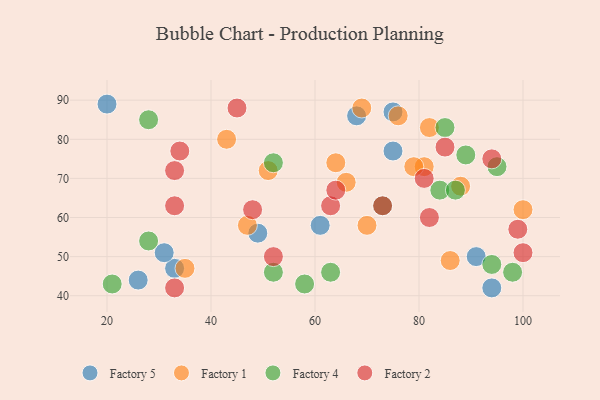
{"axis": {"x": "GDP", "y": "Life Expectancy"}, "legend": ["Factory 1", "Factory 2", "Factory 4", "Factory 5"], "data": [{"x": "26", "y": 44, "type": "Factory 5"}, {"x": "49", "y": 56, "type": "Factory 5"}, {"x": "33", "y": 47, "type": "Factory 5"}, {"x": "68", "y": 86, "type": "Factory 5"}, {"x": "94", "y": 42, "type": "Factory 5"}, {"x": "61", "y": 58, "type": "Factory 5"}, {"x": "31", "y": 51, "type": "Factory 5"}, {"x": "75", "y": 87, "type": "Factory 5"}, {"x": "91", "y": 50, "type": "Factory 5"}, {"x": "20", "y": 89, "type": "Factory 5"}, {"x": "75", "y": 77, "type": "Factory 5"}, {"x": "88", "y": 68, "type": "Factory 1"}, {"x": "43", "y": 80, "type": "Factory 1"}, {"x": "76", "y": 86, "type": "Factory 1"}, {"x": "69", "y": 88, "type": "Factory 1"}, {"x": "86", "y": 49, "type": "Factory 1"}, {"x": "100", "y": 62, "type": "Factory 1"}, {"x": "35", "y": 47, "type": "Factory 1"}, {"x": "81", "y": 73, "type": "Factory 1"}, {"x": "82", "y": 83, "type": "Factory 1"}, {"x": "47", "y": 58, "type": "Factory 1"}, {"x": "51", "y": 72, "type": "Factory 1"}, {"x": "66", "y": 69, "type": "Factory 1"}, {"x": "64", "y": 74, "type": "Factory 1"}, {"x": "79", "y": 73, "type": "Factory 1"}, {"x": "70", "y": 58, "type": "Factory 1"}, {"x": "21", "y": 43, "type": "Factory 4"}, {"x": "94", "y": 48, "type": "Factory 4"}, {"x": "73", "y": 63, "type": "Factory 4"}, {"x": "89", "y": 76, "type": "Factory 4"}, {"x": "98", "y": 46, "type": "Factory 4"}, {"x": "28", "y": 54, "type": "Factory 4"}, {"x": "84", "y": 67, "type": "Factory 4"}, {"x": "95", "y": 73, "type": "Factory 4"}, {"x": "87", "y": 67, "type": "Factory 4"}, {"x": "85", "y": 83, "type": "Factory 4"}, {"x": "63", "y": 46, "type": "Factory 4"}, {"x": "52", "y": 46, "type": "Factory 4"}, {"x": "28", "y": 85, "type": "Factory 4"}, {"x": "52", "y": 74, "type": "Factory 4"}, {"x": "58", "y": 43, "type": "Factory 4"}, {"x": "48", "y": 62, "type": "Factory 2"}, {"x": "81", "y": 70, "type": "Factory 2"}, {"x": "82", "y": 60, "type": "Factory 2"}, {"x": "85", "y": 78, "type": "Factory 2"}, {"x": "52", "y": 50, "type": "Factory 2"}, {"x": "33", "y": 63, "type": "Factory 2"}, {"x": "63", "y": 63, "type": "Factory 2"}, {"x": "64", "y": 67, "type": "Factory 2"}, {"x": "73", "y": 63, "type": "Factory 2"}, {"x": "33", "y": 42, "type": "Factory 2"}, {"x": "94", "y": 75, "type": "Factory 2"}, {"x": "100", "y": 51, "type": "Factory 2"}, {"x": "34", "y": 77, "type": "Factory 2"}, {"x": "33", "y": 72, "type": "Factory 2"}, {"x": "99", "y": 57, "type": "Factory 2"}, {"x": "45", "y": 88, "type": "Factory 2"}]}